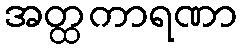
အတ္ထကာရဏာ